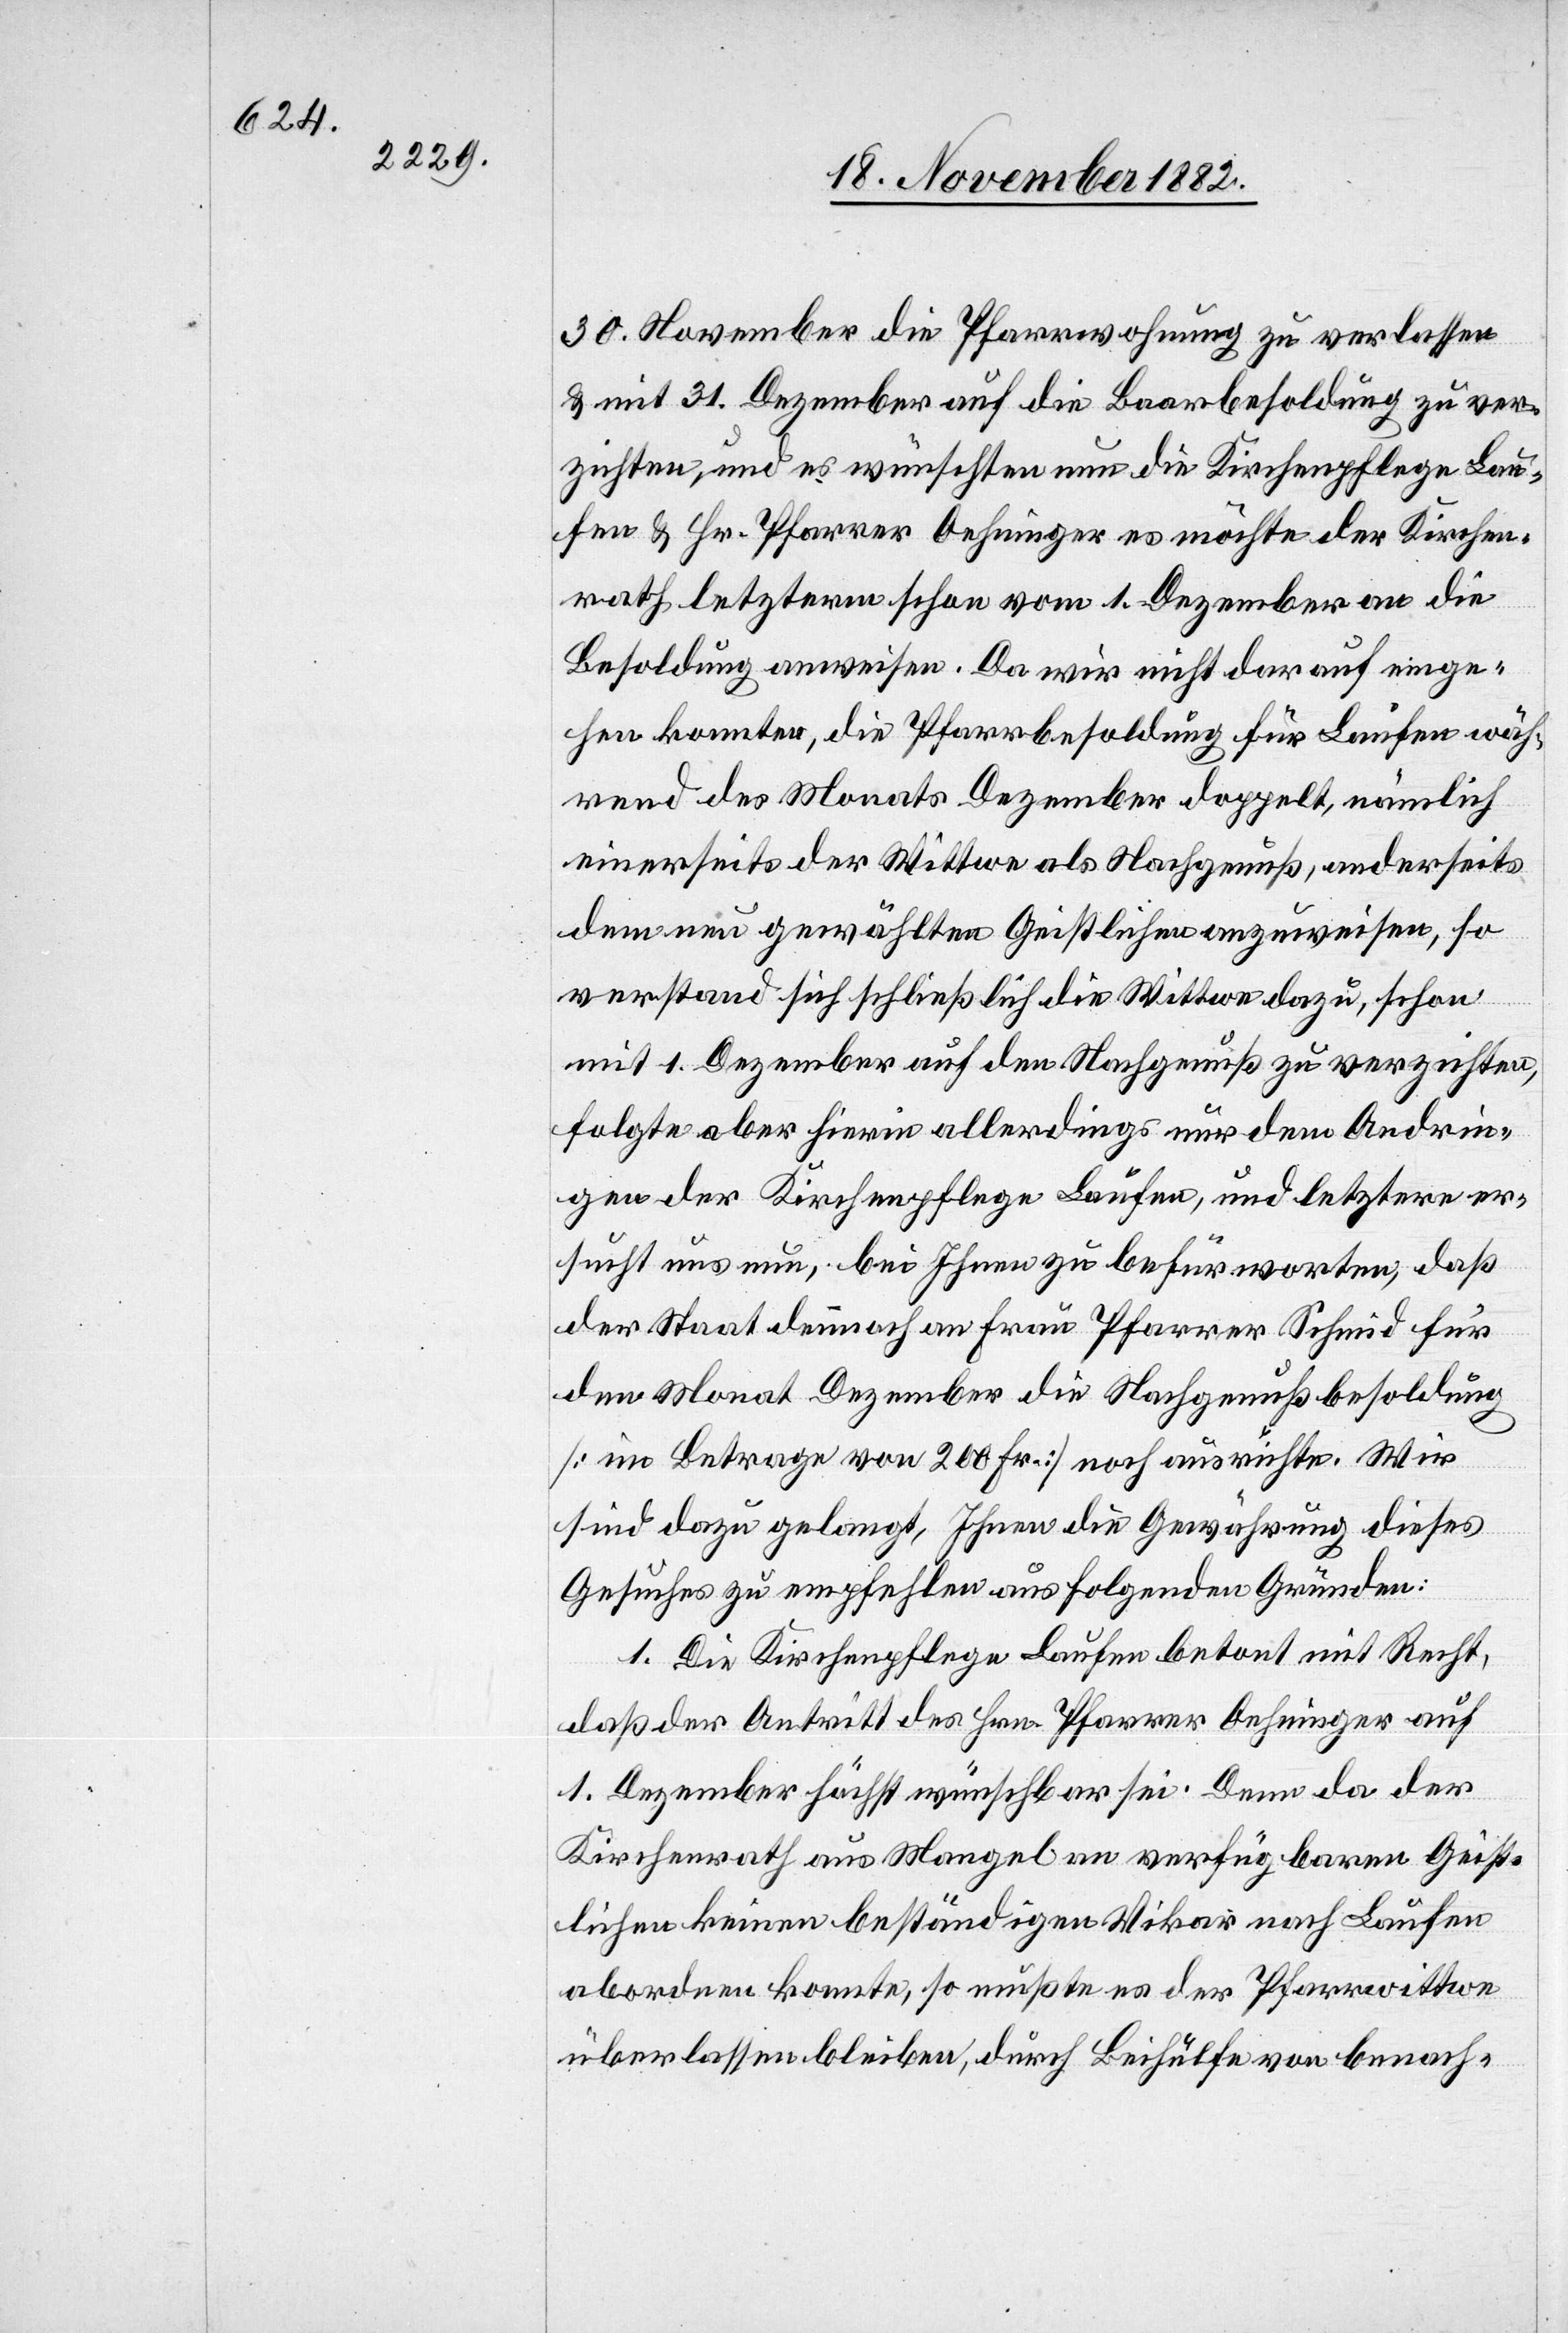
30. November die Pfarrwohnung zu verlassen
& mit 31. Dezember auf die Baarbesoldung zu ver¬
zichten, und es wünschten nun die Kirchenpflege Lau¬
fen & Hr. Pfarrer Oehninger es möchte der Kirchen¬
rath letzterm schon vom 1. Dezember an die
Besoldung anweisen. Da wir nicht darauf einge¬
hen konnten, die Pfarrbesoldung für Laufen wäh¬
rend des Monats Dezember doppelt, nämlich
einerseits der Wittwe als Nachgenuß, anderseits
dem neu gewählten Geistlichen anzuweisen, so
verstand sich schließlich die Wittwe dazu, schon
mit 1. Dezember auf den Nachgenuß zu verzichten,
folgte aber hierin allerdings nur dem Andrin¬
gen der Kirchenpflege Laufen, und letztere er¬
sucht uns nun, bei Ihnen zu befürworten, daß
der Staat dennoch an Frau Pfarrer Schmid für
den Monat Dezember die Nachgenußbesoldung
[im Betrage von 200 Fr.] noch ausrichte. Wir
sind dazu gelangt, Ihnen die Gewährung dieses
Gesuches zu empfehlen aus folgenden Gründen:
1. Die Kirchenpflege Laufen betont mit Recht,
daß der Antritt des Hrn. Pfarrer Oehninger auf
1. Dezember höchst wünschbar sei. Denn da der
Kirchenrath aus Mangel an verfügbaren Geist¬
lichen keinen beständigen Vikar nach Laufen
abordern konnte, so mußte es der Pfarrwittwe
überlassen bleiben, durch Beihülfe von benach-